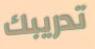
تدريبك